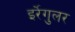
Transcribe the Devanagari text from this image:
इर्रेगुलर